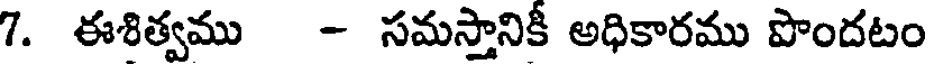
7. ఈశిత్వము - సమస్తానికీ అధికారము పొందటం